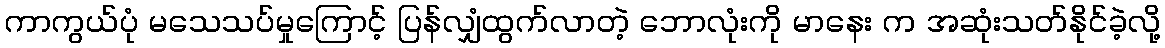
ကာကွယ်ပုံ မသေသပ်မှုကြောင့် ပြန်လျှံထွက်လာတဲ့ ဘောလုံးကို မာနေး က အဆုံးသတ်နိုင်ခဲ့လို့